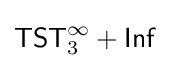
{\mathsf {TST}}_{3}^{\infty }+{\mathsf {Inf}}